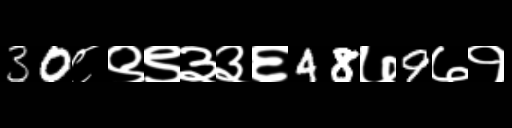
Text: 30८९९३३६48७9७१